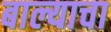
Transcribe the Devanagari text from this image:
बाल्याचा